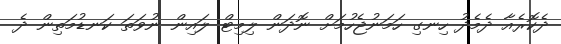
ދެކޮރެއާ ދެމެދު ހިނގި ހަމަނުޖެހުމަށް ނޮދަން ލިމިޓް ލައިން ނުވަތަ ކަނޑުމަތިން ދެ